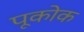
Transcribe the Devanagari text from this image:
पूकोक